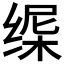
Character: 𬘸